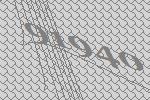
91940